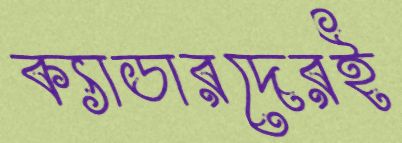
ক্যাডারদেরই